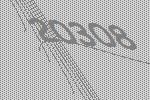
20308